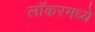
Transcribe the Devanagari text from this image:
लॉकरमध्ये